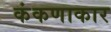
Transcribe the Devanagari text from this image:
कंकणाकार